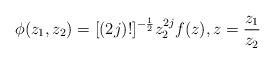
\begin{align*}\phi(z_{1},z_{2})=[(2j)!]^{-\frac{1}{2}}z_{2}^{2j}f(z), \vspace{.5 in}z=\frac{z_{1}}{z_{2}}\end{align*}